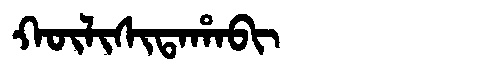
Manchu: ᡴᡡᠯᡳᠰᡳᡨᠠᡥᠠᠪᡳ
Romanization: KŪLISITAHABI